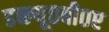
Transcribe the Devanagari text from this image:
डब्ल्यू०बी०ए